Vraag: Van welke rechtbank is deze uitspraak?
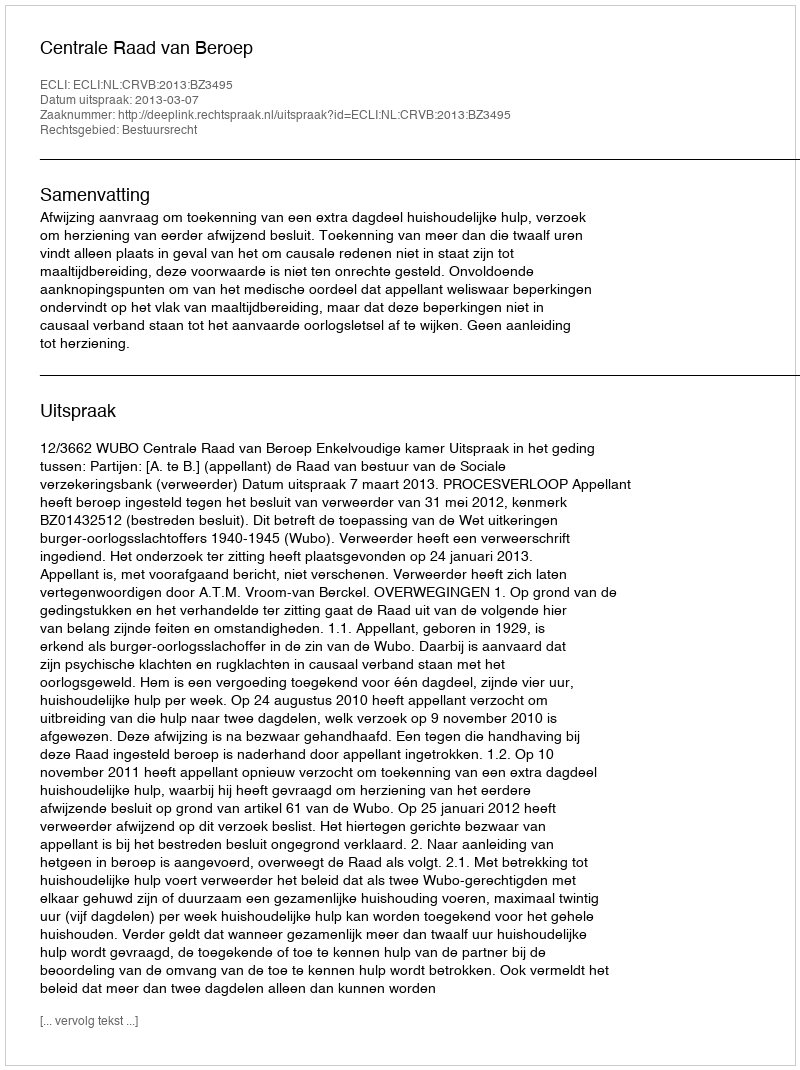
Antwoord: Centrale Raad van Beroep